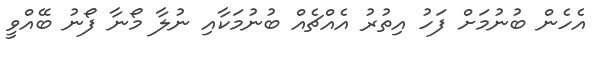
އެހެން ބުނުމަށް ފަހު އިތުރު އެއްޗެއް ބުނުމަކާއި ނުލާ މޯނާ ފޯނު ބޭއްވީ